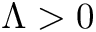
\Lambda > 0